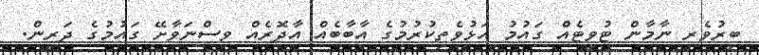
ބިރުވެރި ނާމާން ޓުވީޓެއް ގައުމު އަޅުވެތިކުރުމުގެ އާބާބެއް އާދޮރެއް ވިސްނަވާށޭ ގައުމުގެ ދަރީން.